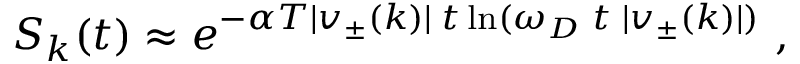
S _ { k } ( t ) \approx e ^ { - \alpha T | v _ { \pm } ( k ) | \; t \ln ( \omega _ { D } \; t \; | v _ { \pm } ( k ) | ) } ~ ,